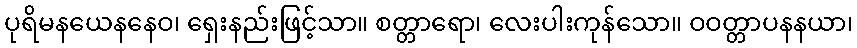
ပုရိမနယေနနေဝ၊ ရှေးနည်းဖြင့်သာ။ စတ္တာရော၊ လေးပါးကုန်သော။ ဝဝတ္တာပနနယာ၊